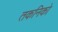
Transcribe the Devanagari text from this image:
तकनिको